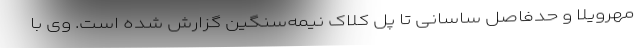
مهرویلا و حدفاصل ساسانی تا پل کلاک نیمه‌سنگین گزارش شده است. وی با